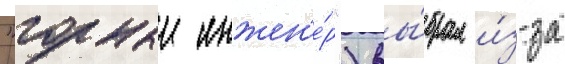
"горныи инжен'е́р") вы́брал и́з-за